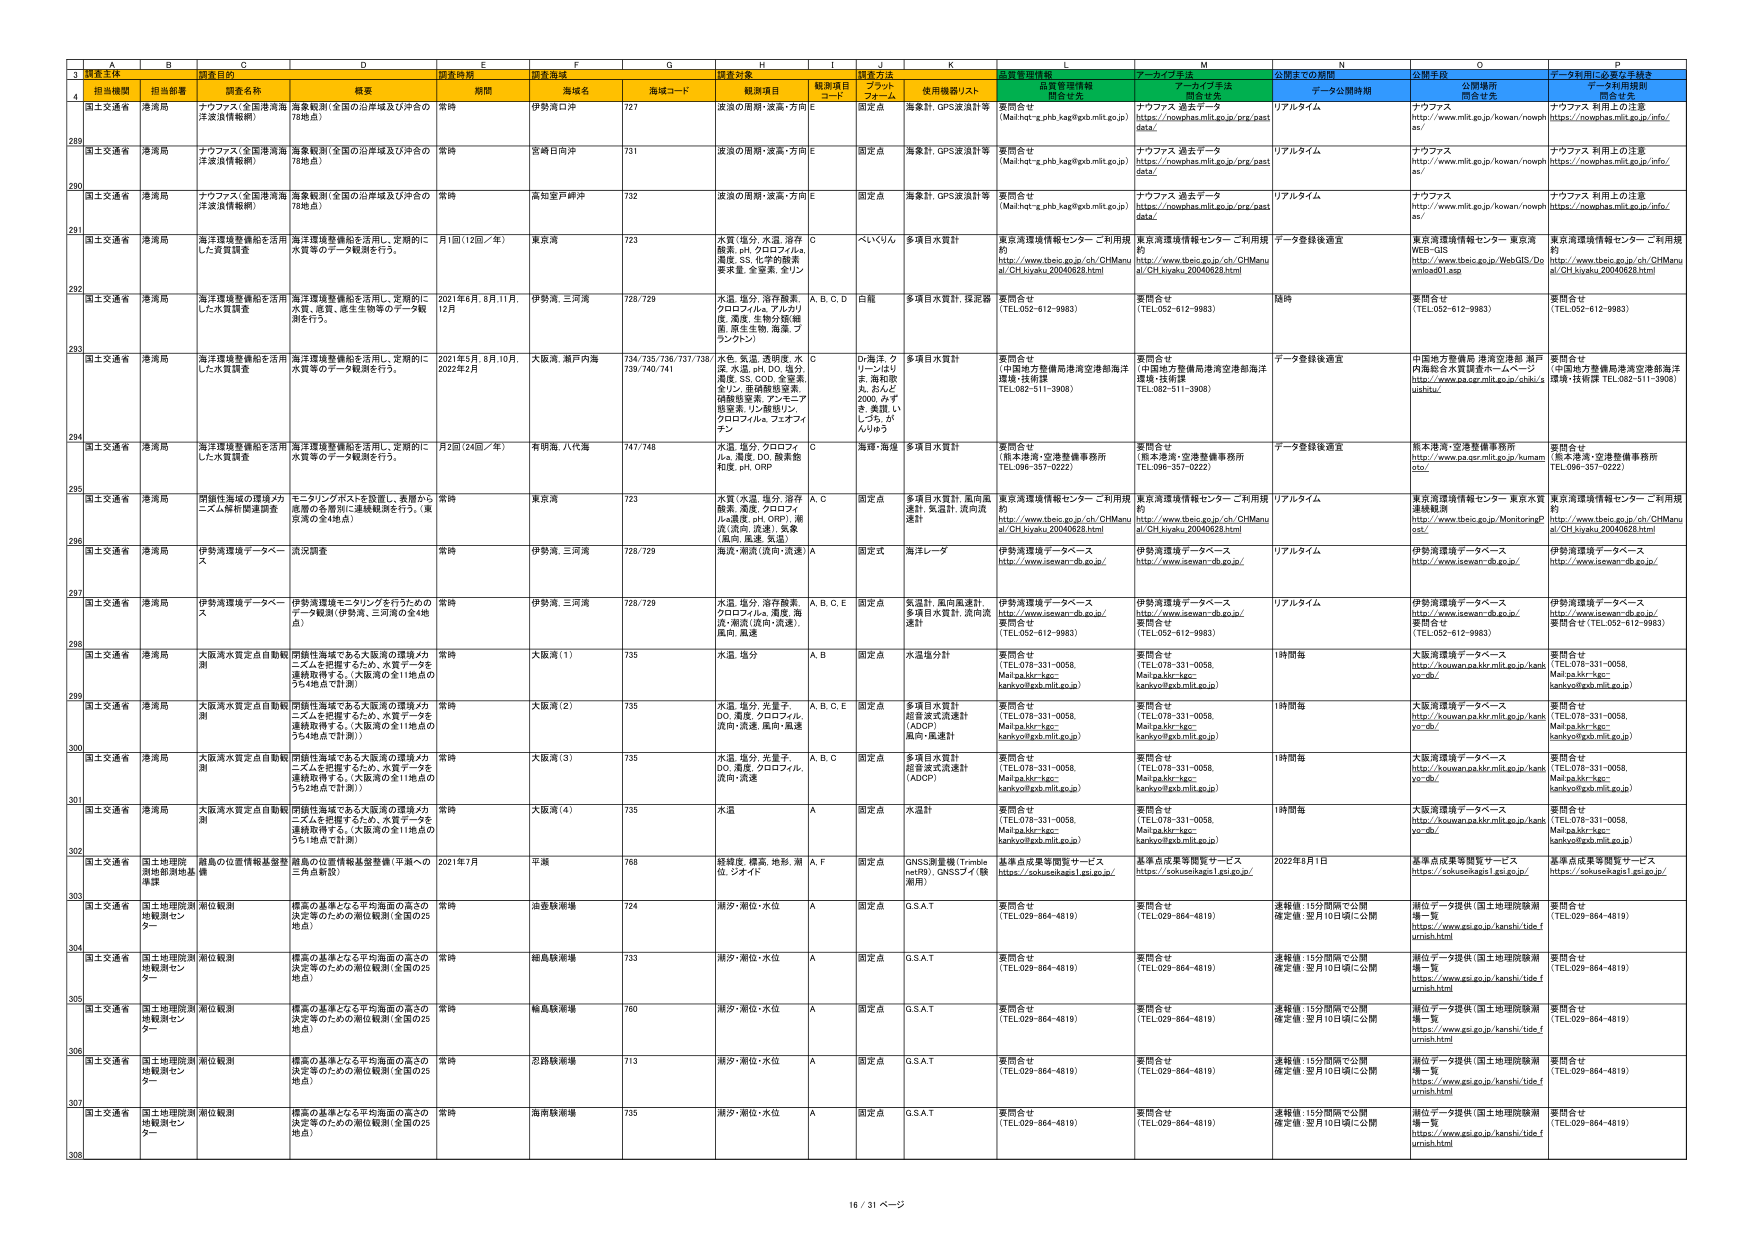
A
B
C
D
E
F
G
H
I
J
K
L
M
N
O
P
3
調査主体
調査目的
調査時期
調査海域
調査対象
調査方法
品質管理情報
アーカイブ手法
公開までの期間
公開手段
データ利用に必要な手続き
4
担当機関
担当部署
調査名称
概要
期間
海域名
海域コード
観測項目
観測項目コード
使用機器リスト
品質管理情報
関係者先
アーカイブ手法
関係者先
データ公開時期
公開場所
関係者先
データ利用規則
関係者先
289
国土交通省
港湾局
ナウファス（全国港湾海津波決壊観測）
海象観測（全国の沿岸域及び沖合の78地点）
常時
伊勢湾口沖
727
波浪の周期・波高・方向E
固定点
海象計、GPS波浪計等
要問合せ
（Mail:ht-x.phb.kag@pab.mlit.go.jp）
ナウファス 過去データ
https://nowphas.mlit.go.jp/prs/past data/
リアルタイム
ナウファス
http://www.mlit.go.jp/kowan/nowph as/
ナウファス 利用上の注意
https://nowphas.mlit.go.jp/info/
290
国土交通省
港湾局
ナウファス（全国港湾海津波決壊観測）
海象観測（全国の沿岸域及び沖合の78地点）
常時
宮崎日向沖
731
波浪の周期・波高・方向E
固定点
海象計、GPS波浪計等
要問合せ
（Mail:ht-x.phb.kag@pab.mlit.go.jp）
ナウファス 過去データ
https://nowphas.mlit.go.jp/prs/past data/
リアルタイム
ナウファス
http://www.mlit.go.jp/kowan/nowph as/
ナウファス 利用上の注意
https://nowphas.mlit.go.jp/info/
291
国土交通省
港湾局
ナウファス（全国港湾海津波決壊観測）
海象観測（全国の沿岸域及び沖合の78地点）
常時
高知室戸岬沖
732
波浪の周期・波高・方向E
固定点
海象計、GPS波浪計等
要問合せ
（Mail:ht-x.phb.kag@pab.mlit.go.jp）
ナウファス 過去データ
https://nowphas.mlit.go.jp/prs/past data/
リアルタイム
ナウファス
http://www.mlit.go.jp/kowan/nowph as/
ナウファス 利用上の注意
https://nowphas.mlit.go.jp/info/
292
国土交通省
港湾局
海洋環境整備船を活用した水質調査
海洋環境整備船を活用し、定期的に水質等のデータ観測を行う。
月1回（12回／年）
東京湾
723
水質（塩分、水温、溶存酸素、pH、クロロフィルa、濁度、SS、化学的酸素要求量、全窒素、全リン
C
べいじくん
多項目水質計
東京湾環境情報センターご利用規約
http://www.tbeic.go.jp/ch/CHManu al/CH.kiyaku.20040628.html
東京湾環境情報センターご利用規約
http://www.tbeic.go.jp/ch/CHManu al/CH.kiyaku.20040628.html
データ登録後適宜
東京湾環境情報センター 東京湾WEB-GIS
http://www.tbeic.go.jp/WebGIS/Do enbaweb01.asp
東京湾環境情報センターご利用規約
http://www.tbeic.go.jp/ch/CHManu al/CH.kiyaku.20040628.html
293
国土交通省
港湾局
海洋環境整備船を活用した水質調査
海洋環境整備船を活用し、定期的に水質、底質、底生生物等のデータ観測を行う。
2021年6月、8月、11月、12月
伊勢湾、三河湾
728/729
水温、塩分、溶存酸素、クロロフィルa、アルカリ度、濁度、生物分類（細菌、原生生物、海藻、プランクトン）
A、B、C、D
C艇
多項目水質計、採泥器
要問合せ
（TEL:052-612-9983）
要問合せ
（TEL:052-612-9983）
随時
要問合せ
（TEL:052-612-9983）
要問合せ
（TEL:052-612-9983）
294
国土交通省
港湾局
海洋環境整備船を活用した水質調査
海洋環境整備船を活用し、定期的に水質等のデータ観測を行う。
2021年5月、8月、10月、2022年2月
大阪湾、瀬戸内海
734/735/736/737/738/739/740/741
水色、気温、透明度、水深、水温、pH、DO、塩分、濁度、SS、COD、全窒素、全リン、亜硝酸態窒素、硝酸態窒素、アンモニア態窒素、リン酸態リン、クロロフィルa、フロオフィチン
Dr.海洋、ク リーンはりま、海和海太、おんど 2000、カマ キ、美達、い しづら、が んりゅう
多項目水質計
要問合せ
（中国地方整備局港湾空港部海洋環境・技術課
TEL:082-511-3908）
要問合せ
（中国地方整備局港湾空港部海洋環境・技術課
TEL:082-511-3908）
データ登録後適宜
中国地方整備局 港湾空港部 瀬戸内海総合水質調査ホームページ
http://www.pac.ger.mlit.go.jp/chiki/s uishitu/
要問合せ
（中国地方整備局港湾空港部海洋環境・技術課 TEL:082-511-3908）
295
国土交通省
港湾局
海洋環境整備船を活用した水質調査
海洋環境整備船を活用し、定期的に水質等のデータ観測を行う。
月2回（24回／年）
有明海、八代海
747/748
水温、塩分、クロロフィルa、濁度、DO、酸素飽和度、pH、ORP
C
海路・海雄
多項目水質計
要問合せ
（熊本港湾・空港整備事務所
TEL:096-357-0222）
要問合せ
（熊本港湾・空港整備事務所
TEL:096-357-0222）
データ登録後適宜
熊本港湾・空港整備事務所
http://www.pa.ger.mlit.go.jp/kumam oto/
要問合せ
（熊本港湾・空港整備事務所
TEL:096-357-0222）
296
国土交通省
港湾局
閉鎖性海域の環境メカニズム解明関連調査
モニタリングポストを設置し、表層から底層の各層別に連続観測を行う。（東京湾の全4地点）
常時
東京湾
723
水質（水温、塩分、溶存酸素、SS、COD、全窒素、全リン、クロロフィルa、濁度、pH、ORP）、潮流（流向、流速）、気象（風向、風速、気温）
A、C
固定点
多項目水質計、風向風速計、気温計、流向流速計
東京湾環境情報センターご利用規約
http://www.tbeic.go.jp/ch/CHManu al/CH.kiyaku.20040628.html
東京湾環境情報センターご利用規約
http://www.tbeic.go.jp/ch/CHManu al/CH.kiyaku.20040628.html
リアルタイム
東京湾環境情報センター 東京水質連続観測
http://www.tbeic.go.jp/MonitoringP ost/
東京湾環境情報センターご利用規約
http://www.tbeic.go.jp/ch/CHManu al/CH.kiyaku.20040628.html
297
国土交通省
港湾局
伊勢湾環境データベース
流出調査
常時
伊勢湾、三河湾
728/729
電流・潮流（流向・流速）
A
固定点
海洋レーダ
伊勢湾環境データベース
http://www.isewan-db.go.jp/
伊勢湾環境データベース
http://www.isewan-db.go.jp/
リアルタイム
伊勢湾環境データベース
http://www.isewan-db.go.jp/
伊勢湾環境データベース
http://www.isewan-db.go.jp/
298
国土交通省
港湾局
伊勢湾環境データベース
伊勢湾環境モニタリングを行うためのデータ観測（伊勢湾、三河湾の全4地点）
常時
伊勢湾、三河湾
728/729
水温、塩分、溶存酸素、クロロフィルa、濁度、海流・潮流（流向・流速）、風向、風速
A、B、C、E
固定点
気温計、風向風速計、多項目水質計、流向流速計
伊勢湾環境データベース
http://www.isewan-db.go.jp/
要問合せ
（TEL:052-612-9983）
伊勢湾環境データベース
http://www.isewan-db.go.jp/
要問合せ
（TEL:052-612-9983）
リアルタイム
伊勢湾環境データベース
http://www.isewan-db.go.jp/
要問合せ
（TEL:052-612-9983）
299
国土交通省
港湾局
大阪湾水質定点自動観測
閉鎖性海域である大阪湾の環境メカニズムを把握するため、水質データを連続取得する。（大阪湾の全11地点のうち4地点で計測）
常時
大阪湾（1）
735
水温、塩分
A、B
固定点
水温塩分計
要問合せ
（TEL:078-331-0058、Mail:pa.kbr-kac- kankyo@pab.mlit.go.jp）
要問合せ
（TEL:078-331-0058、Mail:pa.kbr-kac- kankyo@pab.mlit.go.jp）
1時間毎
大阪湾環境データベース
http://kouwan.pa.kbr.mlit.go.jp/kank yo-db/
要問合せ
（TEL:078-331-0058、Mail:pa.kbr-kac- kankyo@pab.mlit.go.jp）
300
国土交通省
港湾局
大阪湾水質定点自動観測
閉鎖性海域である大阪湾の環境メカニズムを把握するため、水質データを連続取得する。（大阪湾の全11地点のうち4地点で計測）
常時
大阪湾（2）
735
水温、塩分、光量子、DO、濁度、クロロフィル、流向・流速、風向・風速
A、B、C、E
固定点
多項目水質計、超音波式流速計（ADCP）、風向・風速計
要問合せ
（TEL:078-331-0058、Mail:pa.kbr-kac- kankyo@pab.mlit.go.jp）
要問合せ
（TEL:078-331-0058、Mail:pa.kbr-kac- kankyo@pab.mlit.go.jp）
1時間毎
大阪湾環境データベース
http://kouwan.pa.kbr.mlit.go.jp/kank yo-db/
要問合せ
（TEL:078-331-0058、Mail:pa.kbr-kac- kankyo@pab.mlit.go.jp）
301
国土交通省
港湾局
大阪湾水質定点自動観測
閉鎖性海域である大阪湾の環境メカニズムを把握するため、水質データを連続取得する。（大阪湾の全11地点のうち2地点で計測）
常時
大阪湾（3）
735
水温、塩分、光量子、DO、濁度、クロロフィル、流向・流速
A、B、C
固定点
多項目水質計、超音波式流速計（ADCP）
要問合せ
（TEL:078-331-0058、Mail:pa.kbr-kac- kankyo@pab.mlit.go.jp）
要問合せ
（TEL:078-331-0058、Mail:pa.kbr-kac- kankyo@pab.mlit.go.jp）
1時間毎
大阪湾環境データベース
http://kouwan.pa.kbr.mlit.go.jp/kank yo-db/
要問合せ
（TEL:078-331-0058、Mail:pa.kbr-kac- kankyo@pab.mlit.go.jp）
302
国土交通省
港湾局
大阪湾水質定点自動観測
閉鎖性海域である大阪湾の環境メカニズムを把握するため、水質データを連続取得する。（大阪湾の全11地点のうち3地点で計測）
常時
大阪湾（4）
735
水温
A
固定点
水温計
要問合せ
（TEL:078-331-0058、Mail:pa.kbr-kac- kankyo@pab.mlit.go.jp）
要問合せ
（TEL:078-331-0058、Mail:pa.kbr-kac- kankyo@pab.mlit.go.jp）
1時間毎
大阪湾環境データベース
http://kouwan.pa.kbr.mlit.go.jp/kank yo-db/
要問合せ
（TEL:078-331-0058、Mail:pa.kbr-kac- kankyo@pab.mlit.go.jp）
303
国土交通省
国土地理院測地観測用地質課
離島の位置情報基盤整備
離島の位置情報基盤整備（平瀬への三角点新設）
2021年7月
平瀬
768
経緯度、標高、地形、潮位、フオイド
A、F
固定点
GNSS衛星機（Trimble netR9）、GNSSブイ（稼働用）
基準点成果等閲覧サービス
https://sokusashagai1.gsi.go.jp/
基準点成果等閲覧サービス
https://sokusashagai1.gsi.go.jp/
2022年8月1日
基準点成果等閲覧サービス
https://sokusashagai1.gsi.go.jp/
基準点成果等閲覧サービス
https://sokusashagai1.gsi.go.jp/
304
国土交通省
国土地理院測地観測センター
潮位観測
標高の基準となる平均海面の高さの決定等のための潮位観測（全国の25地点）
常時
油島鉄串場
724
潮汐・潮位・水位
A
固定点
G.S.A.T.
要問合せ
（TEL:029-864-4819）
要問合せ
（TEL:029-864-4819）
速報値：15分間隔で公開 確定値：翌月10日頃に公開
潮位データ提供（国土地理院観測場一覧
https://www.gsi.go.jp/hanshi/tide.f urnish.html
要問合せ
（TEL:029-864-4819）
305
国土交通省
国土地理院測地観測センター
潮位観測
標高の基準となる平均海面の高さの決定等のための潮位観測（全国の25地点）
常時
細島鉄串場
733
潮汐・潮位・水位
A
固定点
G.S.A.T.
要問合せ
（TEL:029-864-4819）
要問合せ
（TEL:029-864-4819）
速報値：15分間隔で公開 確定値：翌月10日頃に公開
潮位データ提供（国土地理院観測場一覧
https://www.gsi.go.jp/hanshi/tide.f urnish.html
要問合せ
（TEL:029-864-4819）
306
国土交通省
国土地理院測地観測センター
潮位観測
標高の基準となる平均海面の高さの決定等のための潮位観測（全国の25地点）
常時
輪島鉄串場
760
潮汐・潮位・水位
A
固定点
G.S.A.T.
要問合せ
（TEL:029-864-4819）
要問合せ
（TEL:029-864-4819）
速報値：15分間隔で公開 確定値：翌月10日頃に公開
潮位データ提供（国土地理院観測場一覧
https://www.gsi.go.jp/hanshi/tide.f urnish.html
要問合せ
（TEL:029-864-4819）
307
国土交通省
国土地理院測地観測センター
潮位観測
標高の基準となる平均海面の高さの決定等のための潮位観測（全国の25地点）
常時
お跪鉄串場
713
潮汐・潮位・水位
A
固定点
G.S.A.T.
要問合せ
（TEL:029-864-4819）
要問合せ
（TEL:029-864-4819）
速報値：15分間隔で公開 確定値：翌月10日頃に公開
潮位データ提供（国土地理院観測場一覧
https://www.gsi.go.jp/hanshi/tide.f urnish.html
要問合せ
（TEL:029-864-4819）
308
国土交通省
国土地理院測地観測センター
潮位観測
標高の基準となる平均海面の高さの決定等のための潮位観測（全国の25地点）
常時
海南鉄串場
735
潮汐・潮位・水位
A
固定点
G.S.A.T.
要問合せ
（TEL:029-864-4819）
要問合せ
（TEL:029-864-4819）
速報値：15分間隔で公開 確定値：翌月10日頃に公開
潮位データ提供（国土地理院観測場一覧
https://www.gsi.go.jp/hanshi/tide.f urnish.html
要問合せ
（TEL:029-864-4819）
16 / 31 ページ